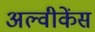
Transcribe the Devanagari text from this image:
अल्वीकेंस